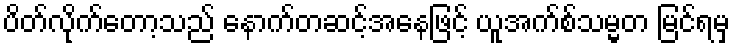
ပိတ်လိုက်တော့သည် နောက်တဆင့်အနေဖြင့် ယူအက်စ်သမ္မတ မြင်ရမှ